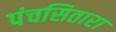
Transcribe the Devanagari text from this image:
पंचसितारा